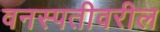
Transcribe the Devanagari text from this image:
वनस्पतीवरील